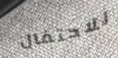
للاحتفال